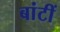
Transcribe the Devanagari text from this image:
बांटीं